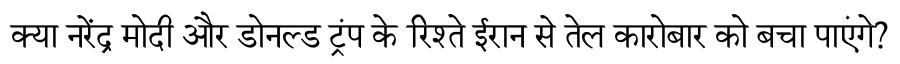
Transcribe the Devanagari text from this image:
क्या नरेंद्र मोदी और डोनल्ड ट्रंप के रिश्ते ईरान से तेल कारोबार को बचा पाएंगे?